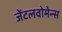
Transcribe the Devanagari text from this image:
जेंटलवोमेन्स